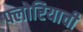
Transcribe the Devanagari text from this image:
फ्लोरियाची